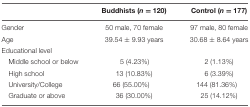
<table><thead><tr><td></td><td><b>Buddhists (<i>n</i> = 120)</b></td><td><b>Control (<i>n</i> = 177)</b></td></tr></thead><tbody><tr><td>Gender</td><td>50 male, 70 female</td><td>97 male, 80 female</td></tr><tr><td>Age</td><td>39.54 ± 9.93 years</td><td>30.68 ± 8.64 years</td></tr><tr><td>Educational level</td><td></td><td></td></tr><tr><td>Middle school or below</td><td>5 (4.23%)</td><td>2 (1.13%)</td></tr><tr><td>High school</td><td>13 (10.83%)</td><td>6 (3.39%)</td></tr><tr><td>University/College</td><td>66 (55.00%)</td><td>144 (81.36%)</td></tr><tr><td>Graduate or above</td><td>36 (30.00%)</td><td>25 (14.12%)</td></tr></tbody></table>